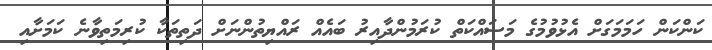
ކަންކަން ހަމަމަގަށް އެޅުވުމުގެ މަސައްކަތް ކުރަމުންދާއިރު ބައެއް ރައްޔިތުންނަށް ދަތިތަކާ ކުރިމަތިވާނެ ކަމަށާއި